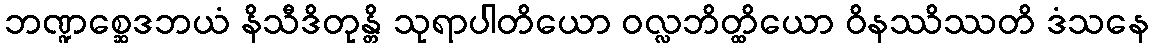
ဘဏ္ဍစ္ဆေဒဘယံ နိသီဒိတုန္တိ သုရာပါတိယော ဝလ္လဘိတ္ထိယော ဝိနဿိဿတိ ဒံသနေ